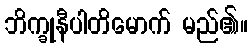
ဘိက္ခုနီပါတိမောက် မည်၏။